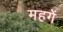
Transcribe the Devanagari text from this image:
महगें